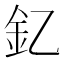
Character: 釔